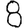
Digit: 8